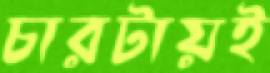
চারটায়ই